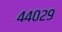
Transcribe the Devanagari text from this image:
४४०२९